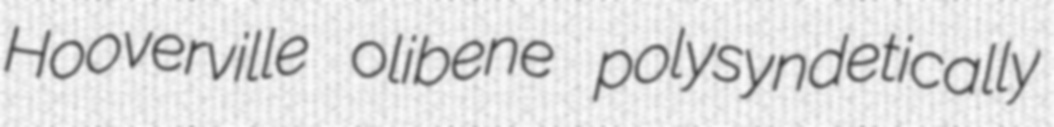
Hooverville olibene polysyndetically